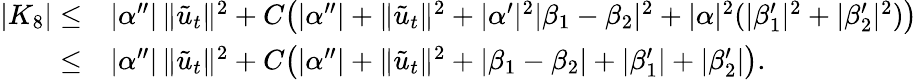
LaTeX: \begin{array}{rl}{|K_{8}|\le}&{|\alpha^{\prime\prime}|\, \| \tilde{u}_{t}\| ^{2}+C\big(|\alpha^{\prime\prime}|+\| \tilde{u}_{t}\| ^{2}+|\alpha^{\prime}|^{2}|\beta_{1}-\beta_{2}|^{2}+|\alpha|^{2}(|\beta_{1}^{\prime}|^{2}+|\beta_{2}^{\prime}|^{2})\big)}\\ {\le}&{|\alpha^{\prime\prime}|\, \| \tilde{u}_{t}\| ^{2}+C\big(|\alpha^{\prime\prime}|+\| \tilde{u}_{t}\| ^{2}+|\beta_{1}-\beta_{2}|+|\beta_{1}^{\prime}|+|\beta_{2}^{\prime}|\big).}\end{array}